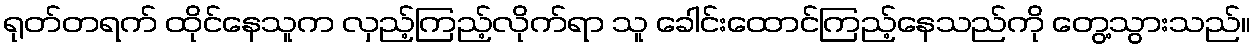
ရုတ်တရက် ထိုင်နေသူက လှည့်ကြည့်လိုက်ရာ သူ ခေါင်းထောင်ကြည့်နေသည်ကို တွေ့သွားသည်။